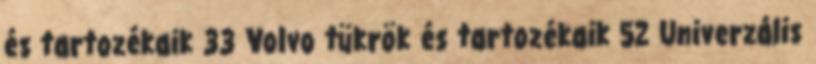
és tartozékaik 33 Volvo tükrök és tartozékaik 52 Univerzális